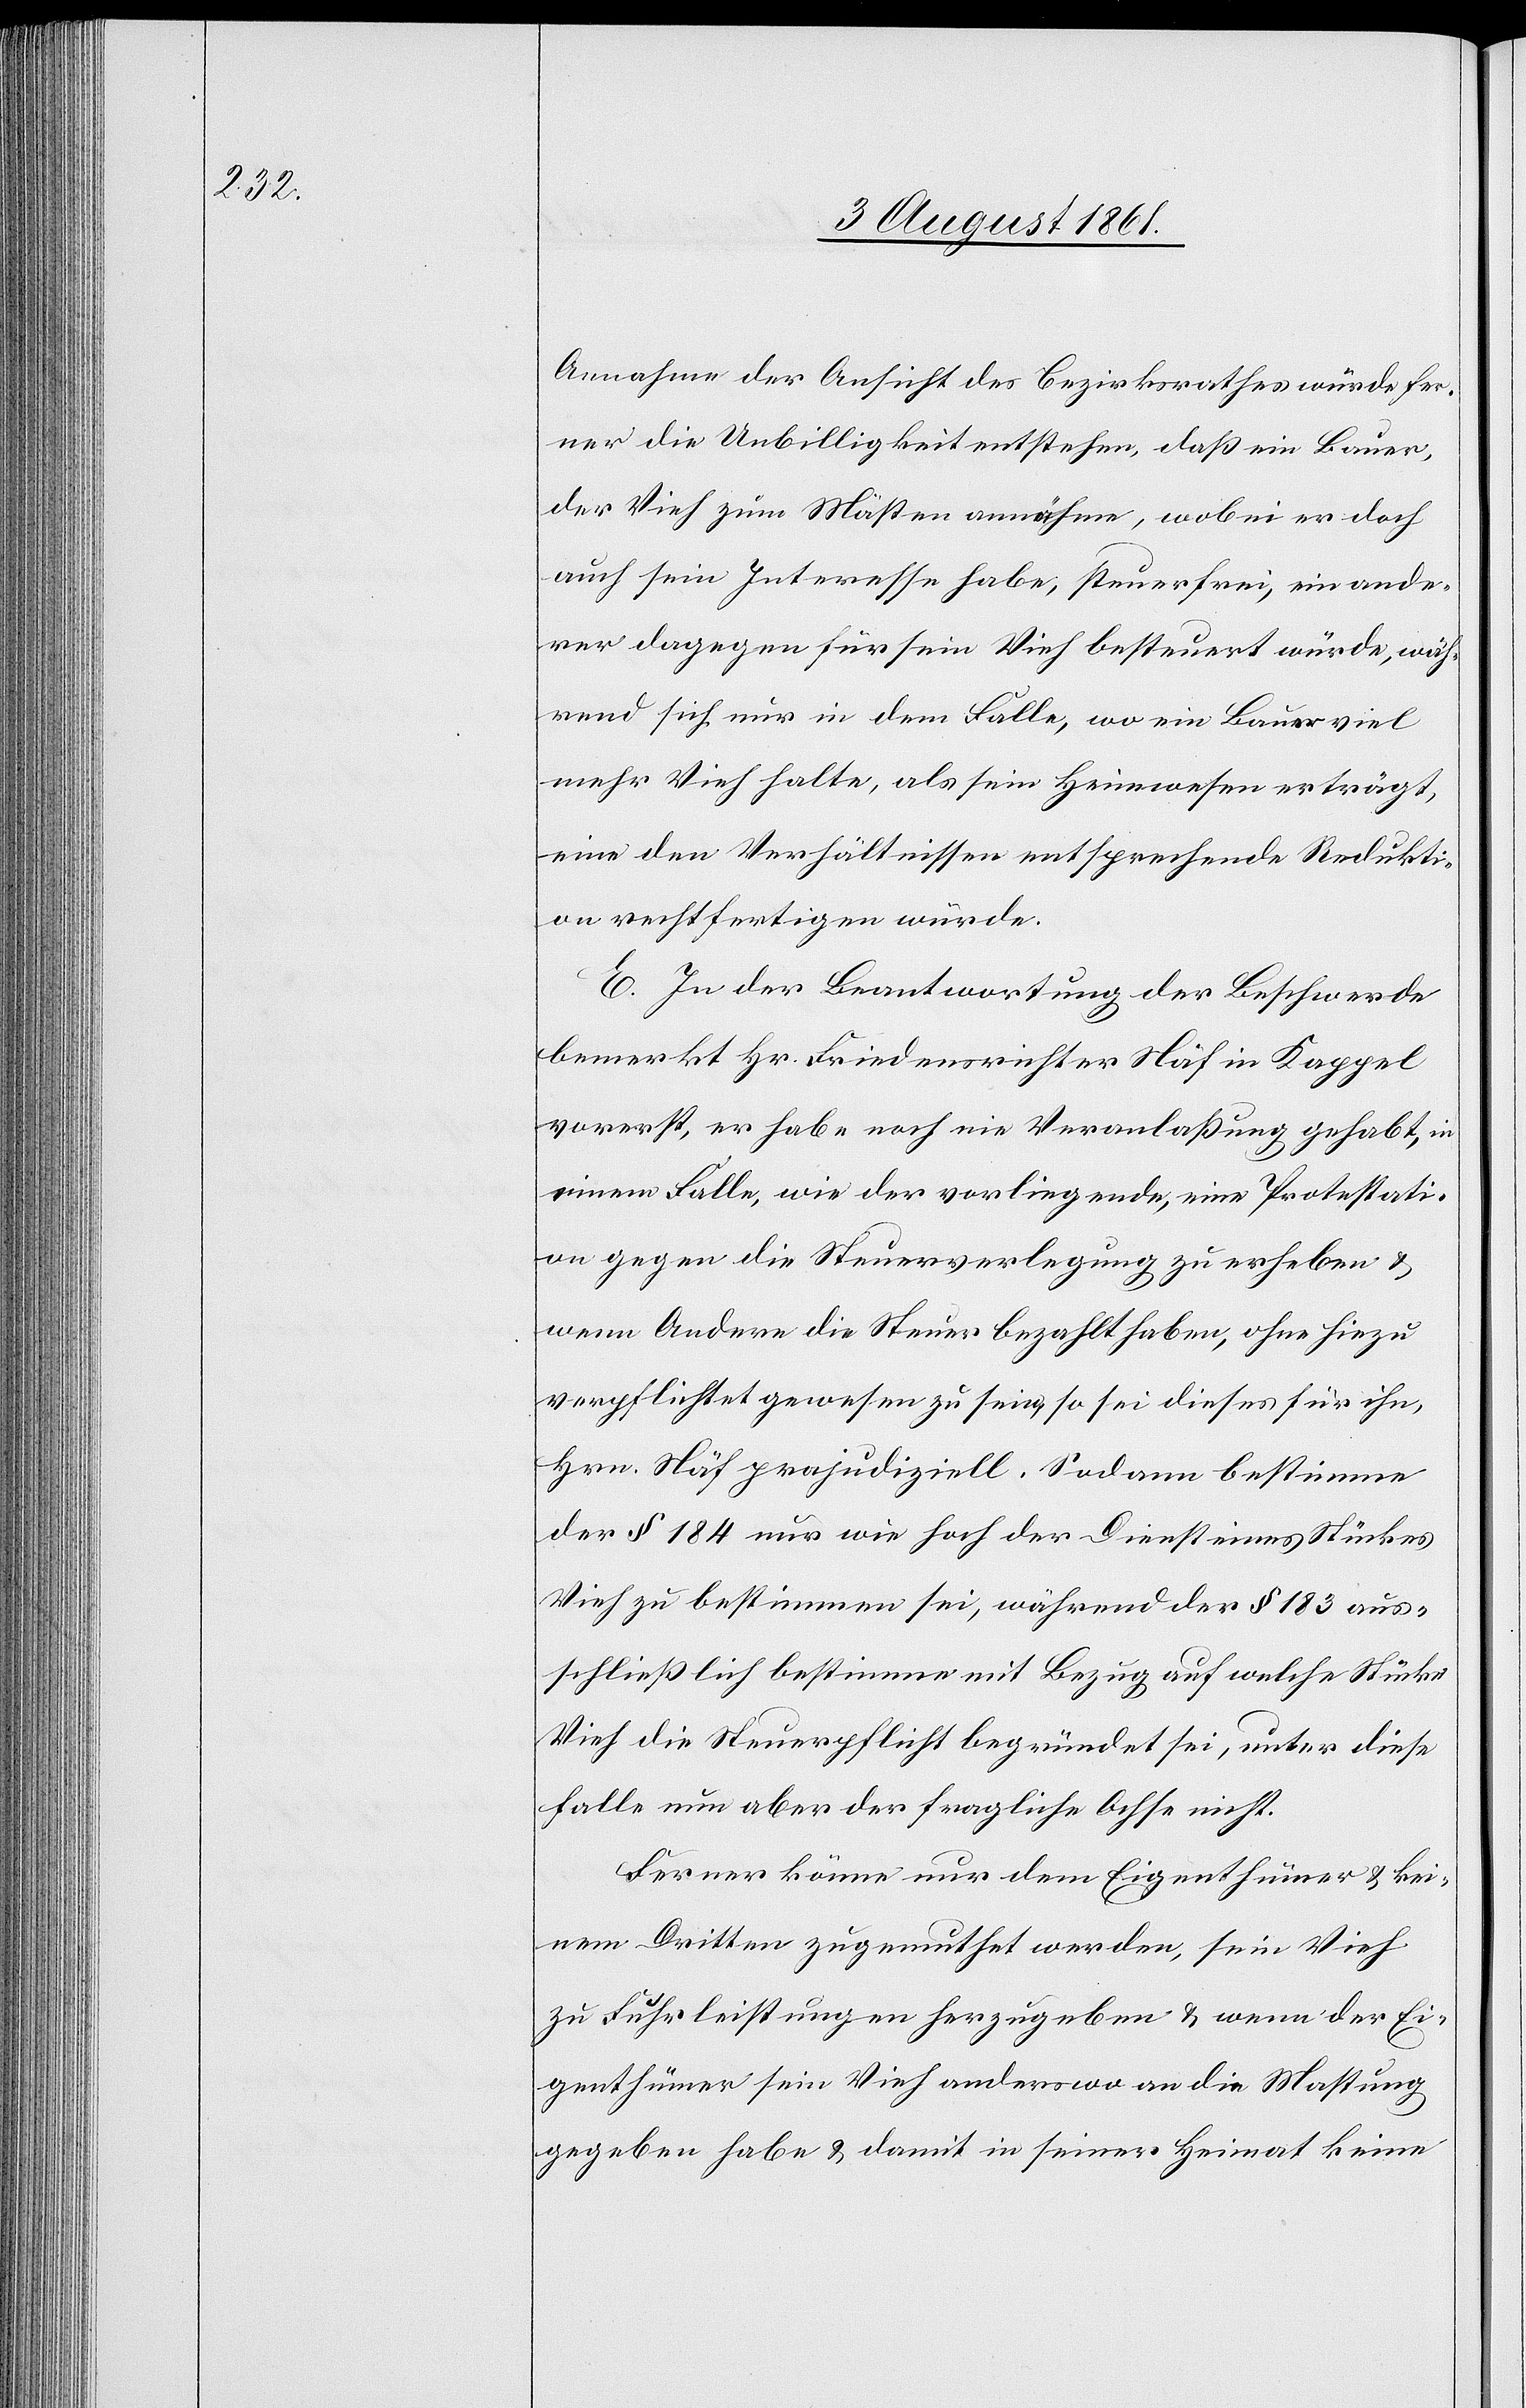
Annahme der Ansicht des Bezirksrathes würde fer¬
ner die Unbilligkeit entstehen, daß ein Bauer,
der Vieh zum Mästen annähme, wobei er doch
auch sein Interesse habe, steuerfrei, ein ande¬
rer dagegen für sein Vieh besteuert würde, wäh¬
rend sich nur in dem Falle, wo ein Bauer viel
mehr Vieh halte, als sein Heimwesen erträgt,
eine den Verhältnissen entsprechende Redukti¬
on rechtfertigen würde.
E. In der Beantwortung der Beschwerde
bemerkt Hr. Friedensrichter Näf in Kappel
vorerst, er habe noch nie Veranlaßung gehabt, in
einem Falle wie der vorliegende, eine Protestati¬
on gegen die Steuerverlegung zu erheben u.
wenn Andere die Steuer bezahlt haben, ohne hiezu
verpflichtet gewesen zu sein u. so sei dieses für ihn,
Hrn. Näf pradjudiziell. Sodann bestimme
der § 184 nur wie hoch der Dienst eines Stückes
Vieh zu bestimmen sei, während der § 183 aus¬
schließlich bestimme mit Bezug auf welche Stücke
Vieh die Steuerpflicht begründet sei, unter diese
falle nun aber der fragliche Ochse nicht.
Ferner könne nur dem Eigenthümer u. kei¬
nem Dritten zugemuthet werden, sein Vieh
zu Fuhrleistungen herzugeben u. wenn der Ei¬
genthümer sein Vieh anderswo an die Mastung
gegeben habe u. damit in seiner Heimat keine